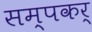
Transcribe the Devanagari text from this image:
सम्पकर्